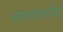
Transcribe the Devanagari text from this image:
आशयगांभीर्य